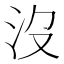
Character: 沒